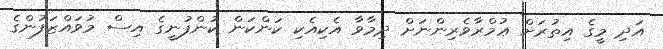
އަދި މީގެ އިތުރަށް ޢުމްރާވެރިންނަށް ދިމާވާ އެކިއެކި ކަންކަން ކުންފުނީގެ އިސް މުވައްޒަފުންގެ